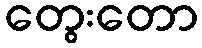
တွေးတော